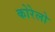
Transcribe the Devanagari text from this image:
कोरेलो